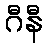
ဂီနီ